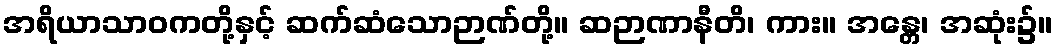
အရိယာသာဝကတို့နှင့် ဆက်ဆံသောဉာဏ်တို့။ ဆဉာဏာနီတိ၊ ကား။ အန္တေ၊ အဆုံး၌။